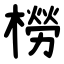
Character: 橯